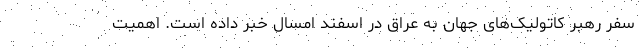
سفر رهبر کاتولیک‌های جهان به عراق در اسفند امسال خبر داده است‌. اهمیت